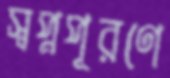
স্বপ্নপূরণে